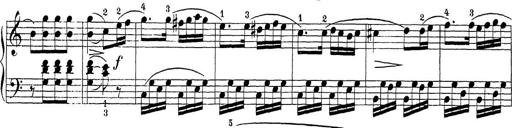
Title: Sonatina Album
Composer: Louis KÃ¶hler